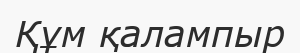
Құм қалампыр